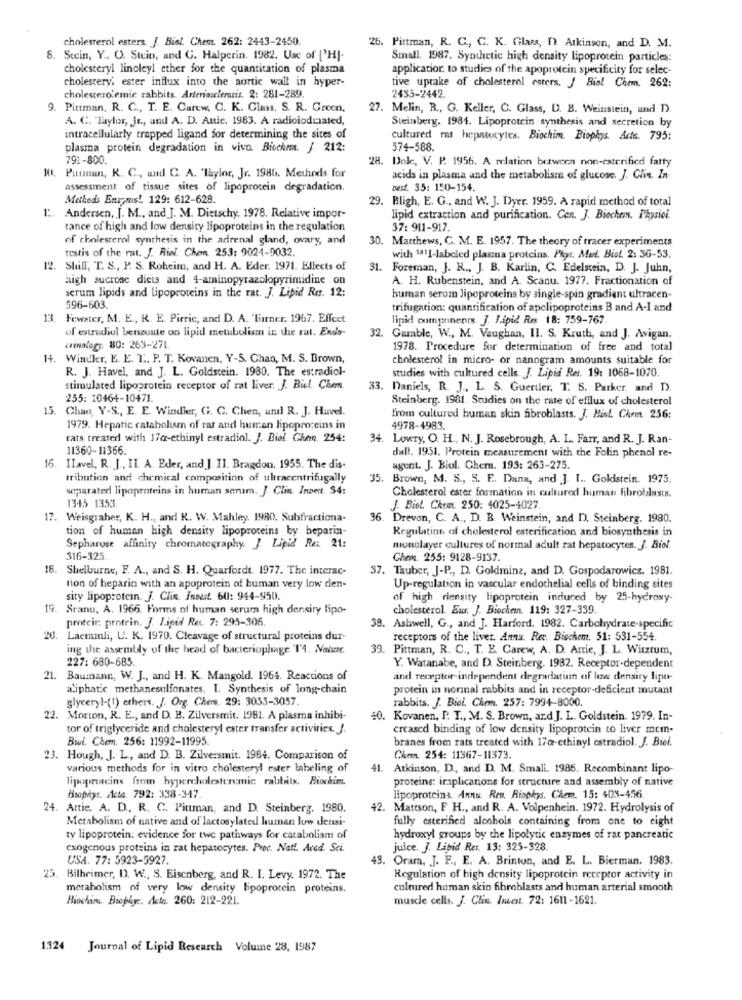
cholesterol esters. J. Bist. Chem. 262: 2443-2450.
26. Pittman, R. C ., C. K. Glass, I Atkinson, and D. M.
. Stein, Y .. O. Stein, and G. Halperin. 1982. Use of ['HJ-
Small. 1987. Synthetic high density lipoprotein particles:
cholesteryl linoleyl ether for the quantitation of plasma
application to studies of the apoprotein specificity for selec-
cholestery, ester influx into the aortic wall in hyper-
tive uptake of cholesterol esters. / Bial Chem. 262:
cholesterolemic rabbits. Arteriosclerosis. 2: 281-289.
2435-2442.
9. Pittman, R. C ., T. E. Carew. C. K. Glass, S. R. Green,
27. Melin, B ., G. Keller, C. Glass, D. B. Weinstein, and D.
A. C. "Taylor, Jr ., und A. D. Attie. 1983. A radioiodmated,
Steinberg. 1981. Lipoprotein synthesis and secretion by
intracellularly trapped ligand for determining the sites of
cultured rat hepatocytes. Biochim. Biophys. Acts. 795:
plasma protein degradation in vivo. Biochem. / 212:
574-588.
791-800.
28. Dok, V. P. 1956. A relation between non-esterified fatty
10. Puunun, R. C ., und C. A. 'Taylor, Jr. 1986. Methods for
acids in plasma and the metabolism of glucose. J. Clie. In-
assessment of tissue sites of lipoprotein degradation.
Dest. 35: 150-154.
Metheds Enzymes! 129: 612-628.
29. Bligh, E. G ., and W. J. Dyer. 1959. A rapid method of total
I :. Andersen, J. M ., and J. M. Dietschy. 1978. Relative impor-
lipid extraction and purification. Cen. J. Biochem. Physioi.
tance of high and low density lipoproteins in the regulation
37: 911-917.
of cholesterol synthesis in the adrenal gland, ovary, and
30. Matthews, C. M. E. 1957. The theory of tracer experiments
testis of the rat. J. Risi. Chen 253: 9024-9032.
with "11-labeled plasna proteins. Phys. Med. Biol. 2: 36-53.
12. Shill, T. S ., P. S. Roheim, and H. A. Eder. 1971. Effects of
31. Foreman, J. K ., J. B. Karlin, C. Edelstein, D. J. Juhn,
high sucrose dicts and 4-aminopyrazolopyrimidine on
A. H. Rubenstein, and A. Scanu. 1977. Fractionation of
serum lipids and lipoproteins in the rat. J. Lipid Res. 12:
human serum lipoproteins by single-spin gradient ultracen-
596-603.
trifugation: quantification of apolipoproteins B and A-I and
13. Fewster, M. E ., R. E. Pirric, and D. A. 'Turner. 1967. Effect
lipid components. J. Lipid Res 18: 759-767.
of estradiol benzoate on lipid metabolism in the rat. Endo-
32.
Gamble, W ., M. Vaughan, Il. S. Kruth, and J. Avigan.
crinologr. 80: 263-271.
1978. Procedure for determination of free and total
1. Windler, E. E. T. P. T. Kovanen, Y-S. Chao, M. S. Brown,
cholesterol in micro- or nanogram amounts suitable for
R. J. Havel, and J. L. Goldstein. 1980. The estradiol-
studies with cultured cells. J. Lipid Res. 19: 1068-1070.
stimulated lipoprotein receptor of rat liver. J. Biel. Chem.
33. Daniels, R. J ., L. S. Guertler, T. S. Parker, and D).
255: 10464-10471.
Steinberg. 1981. Studies on the rate of efflux of cholesterol
15.
Chao, Y-S ., E. E. Windler, G. C. Chen, und R. J. Huvel.
from cultured human skin fibroblasts. J. Hist Chem 256:
1979. Hepatic rataholism of ras and human lipoproteins in
4978-4983.
rats treated with 17@-ethinyl estradiol. J. Biel Ghumn. 254:
34. Lowry, O. H ., N. J. Rosebrough, A. L. Farr, and R. J. Ran-
11360-11366.
dall. 1951. Protein measurement with the Folin phenol re-
Ilavel, R. J ., IL. A. Eder, and J. II. Bragdon. 1955. The dis-
agent. J. Biol. Chem. 193: 263-275.
tribution and chemical composition of ultracentrifugally
35. Brown, M. S ., S. E. Dana, and ]. I .. Goldstein. 1975.
separated lipoproteins in human serum. J. Clin. Inzert. $4:
Cholesterol ester formation in cultured human fibroblasts.
1345 1353.
J. Biot. Chem. 250: 4025-4027
17. Weisgraber, K. H ., and R. W. Mahley. 1980. Subfractiona-
36. Drevon, C. A ., D. B. Weinstein, and D. Steinberg. 1980.
tion of human high density lipoproteins by beparin-
Regulation of cholesterol esterification and biosynthesis in
Sepharose affinity chromatography. J. Lipid Re: 21:
monolayer cultures of normal adult rat hepatocytes. J. Biol.
316-325.
Chem. 255: 9128-9137
16. Shelburne, F. A ., and S. H. Quarfordt. 1977. The interac-
37. Tauber, J-P ., D. Goldmine, and D. Gospodarowicz. 1981.
tion of heparin with an apoprotein of human very low den-
Up-regulation in vascular endothelial cells of binding sites
sity lipoprotein. J. Clie. Incest. 60: 944-950.
of high riensity lipoprotein induced by 25-hydroxy-
15
Sranu, A. 1966. Forms of human serum high density lipo-
cholesterol. Eur. J. Biochem. 119: 327-339.
protein: protein. J. Lipid Res. 7: 295-306.
38. Ashwell, G ., and J. Harford. 1982. Carbohydrate-specific
20
Laemmli, U. K. 1970. Cleavage of structural proteins dur-
receptors of the liver. Anna. Ret. Biochem. 51: 531-554.
ing the assembly of the head of bacteriopluge T'4. Nature,
39. Pittman, R. C ., T. E. Carew, A. D. Attie, J. L. Witztum,
227: 680-685.
Y. Watanabe, and D. Steinberg. 1982. Receptor-dependent
21. Baumann, W. J ., and H. K. Mangold. 1964. Reactions of
and receptor independent degradation of low density lipo-
aliphatic methanesulfonates. I. Synthesis of long-chain
protein in normal rabbits and in receptor-deficient mutant
glyceryl-(1) ethers. J. Org. Chem. 29: 3035-3057.
rabbits. J. Biol. Chem. 257: 7994-8000.
22. Morton, R. E ., and D. B. Zilversmit. 1981. A plasma inhibi-
40. Kovanen, I. T ., M. S. Brown, and J. L. Goldstein. 1979. In-
tor of triglyceride and cholesteryl ester transfer activities. J.
creased binding of low density lipoprotein to liver mem-
Biul. Chem. 256: 11992-11995.
branes from rats treated with 17a-ethinyl estradiol. J. Biel.
23. Hough, J. L ., and D. B. Zilversmit. 1984. Comparison of
Chem. 254: 11367-11373.
various methods for in vitro cholesteryl ester labeling of
41.
Atkinson, D ., and D. M. Smali. 1986. Recombinant lipo
lipoproteins from hypercholesteremic ralabrits. Biochim.
proteins: implications for structure and assembly of native
Biophys. Acta 792: 338-347.
lipoproteins. Annu. Ren. Biophys. Chem. 15: 403-456.
24. Attie. A. D ., R. C. Pittman, and D. Steinberg. 1980.
42. Mattson, F H ., and R. A. Volpenhein. 1972. Hydrolysis of
Metabolism of native and of lactosylated human low densi-
fully esterified alcohols containing from one to eight
ty lipoprotein: evidence for twe pathways for catabolismof
hydroxyl groups by the lipolytic enzymes of rat pancreatic
exogenous proteins in rat hepatocytes. Proc. Natt. Aced. Sci.
juice. J. Lipid Res. 13: 325-328.
USA. 77: 5923-5927.
43. Oram, J. F ., E. A. Brinton, and E. L. Bierman. 1983.
25
Bilheimer, D. W, S. Eisenberg, and R. I. Levy. 1972. The
Regulation of high density lipoprotein receptor activity in
merabolism of very low density lipoprotein proteins.
cultured human skin fibroblasts and human arterial smooth
Hiochinu. Biophy :. Acte. 260: 212-221.
muscle cells. J. Clin. Invest. 72: 1611-1621.
1324
Journal of Lipid Research Volume 28, 1987